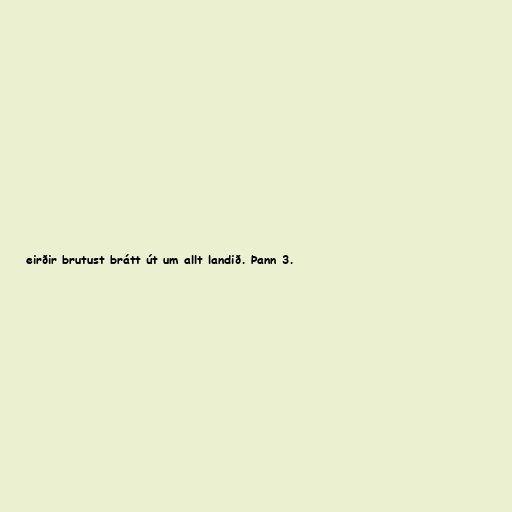
eirðir brutust brátt út um allt landið. Þann 3.